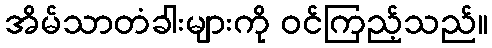
အိမ်သာတံခါးများကို ဝင်ကြည့်သည်။